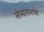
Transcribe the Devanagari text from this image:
सोसागमध्ये